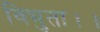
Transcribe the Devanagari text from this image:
विभुता।।